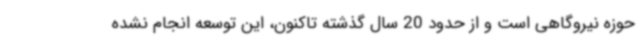
حوزه نیروگاهی است و از حدود 20 سال گذشته تاکنون، این توسعه انجام نشده